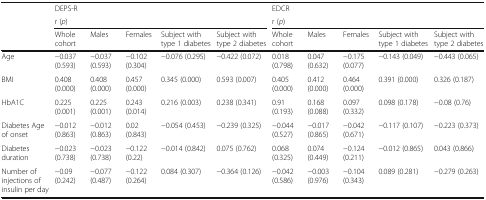
<table><thead><tr><td rowspan="3"></td><td><b>DEPS-R</b></td><td></td><td></td><td></td><td></td><td><b>EDCR</b></td><td></td><td></td><td></td><td></td></tr><tr><td colspan="5"><b>r (<i>p</i>)</b></td><td colspan="5"><b>r (<i>p</i>)</b></td></tr><tr><td><b>Whole cohort</b></td><td><b>Males</b></td><td><b>Females</b></td><td><b>Subject with type 1 diabetes</b></td><td><b>Subject with type 2 diabetes</b></td><td><b>Whole cohort</b></td><td><b>Males</b></td><td><b>Females</b></td><td><b>Subject with type 1 diabetes</b></td><td><b>Subject with type 2 diabetes</b></td></tr></thead><tbody><tr><td>Age</td><td>−0.037 (0.593)</td><td>−0.037 (0.593)</td><td>−0.102 (0.304)</td><td>−0.076 (0.295)</td><td>−0.422 (0.072)</td><td>0.018 (0.798)</td><td>0.047 (0.632)</td><td>−0.175 (0.077)</td><td>−0.143 (0.049)</td><td>−0.443 (0.065)</td></tr><tr><td>BMI</td><td>0.408 (0.000)</td><td>0.408 (0.000)</td><td>0.457 (0.000)</td><td>0.345 (0.000)</td><td>0.593 (0.007)</td><td>0.405 (0.000)</td><td>0.412 (0.000)</td><td>0.464 (0.000)</td><td>0.391 (0.000)</td><td>0.326 (0.187)</td></tr><tr><td>HbA1C</td><td>0.225 (0.001)</td><td>0.225 (0.001)</td><td>0.243 (0.014)</td><td>0.216 (0.003)</td><td>0.238 (0.341)</td><td>0.91 (0.193)</td><td>0.168 (0.088)</td><td>0.097 (0.332)</td><td>0.098 (0.178)</td><td>−0.08 (0.76)</td></tr><tr><td>Diabetes Age of onset</td><td>−0.012 (0.863)</td><td>−0.012 (0.863)</td><td>0.02 (0.843)</td><td>−0.054 (0.453)</td><td>−0.239 (0.325)</td><td>−0.044 (0.527)</td><td>−0.017 (0.865)</td><td>−0.042 (0.671)</td><td>−0.117 (0.107)</td><td>−0.223 (0.373)</td></tr><tr><td>Diabetes duration</td><td>−0.023 (0.738)</td><td>−0.023 (0.738)</td><td>−0.122 (0.22)</td><td>−0.014 (0.842)</td><td>0.075 (0.762)</td><td>0.068 (0.325)</td><td>0.074 (0.449)</td><td>−0.124 (0.211)</td><td>−0.012 (0.865)</td><td>0.043 (0.866)</td></tr><tr><td>Number of injections of insulin per day</td><td>−0.09 (0.242)</td><td>−0.077 (0.487)</td><td>−0.122 (0.264)</td><td>0.084 (0.307)</td><td>−0.364 (0.126)</td><td>−0.042 (0.586)</td><td>−0.003 (0.976)</td><td>−0.104 (0.343)</td><td>0.089 (0.281)</td><td>−0.279 (0.263)</td></tr></tbody></table>